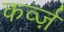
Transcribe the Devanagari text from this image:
कर्व्ज़